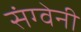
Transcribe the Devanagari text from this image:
संग्वेनी